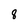
Character: 8